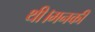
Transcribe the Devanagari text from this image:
थी।मनकी